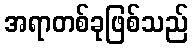
အရာတစ်ခုဖြစ်သည်